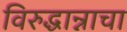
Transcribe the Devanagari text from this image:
विरुद्धान्नाचा